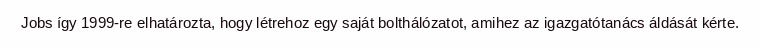
Jobs így 1999-re elhatározta, hogy létrehoz egy saját bolthálózatot, amihez az igazgatótanács áldását kérte.